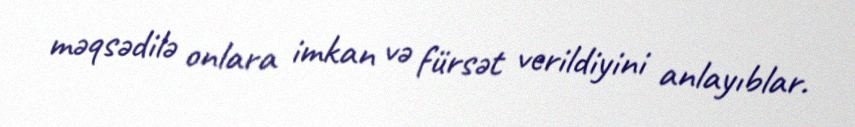
məqsədilə onlara imkan və fürsət verildiyini anlayıblar.